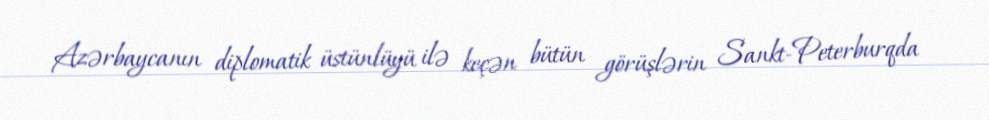
Azərbaycanın diplomatik üstünlüyü ilə keçən bütün görüşlərin Sankt-Peterburqda